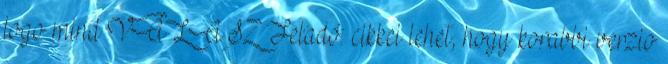
logo mind VÁLASZ Feladó: cikkei lehet, hogy korabbi verzio